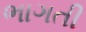
ભાગતી